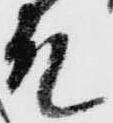
殿